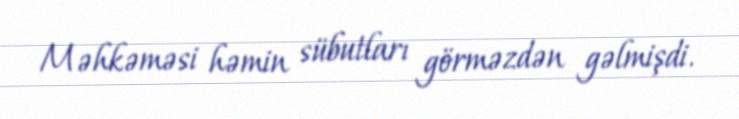
Məhkəməsi həmin sübutları görməzdən gəlmişdi.